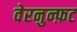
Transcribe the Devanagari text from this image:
वेरनुन्फ़ट